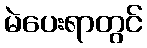
မဲပေးရာတွင်